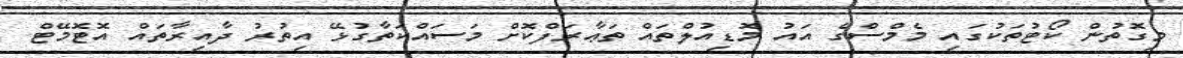
މިގޮތުން ކޯޓުތަކުގައި މެމްސްގެ އައު މޮޑިއުލްތައް ތަޢާރަފްކޮށް މަސައްކަތާގުޅޭ އިތުރު ދާއިރާތައް އޮޓޮމޭޓް